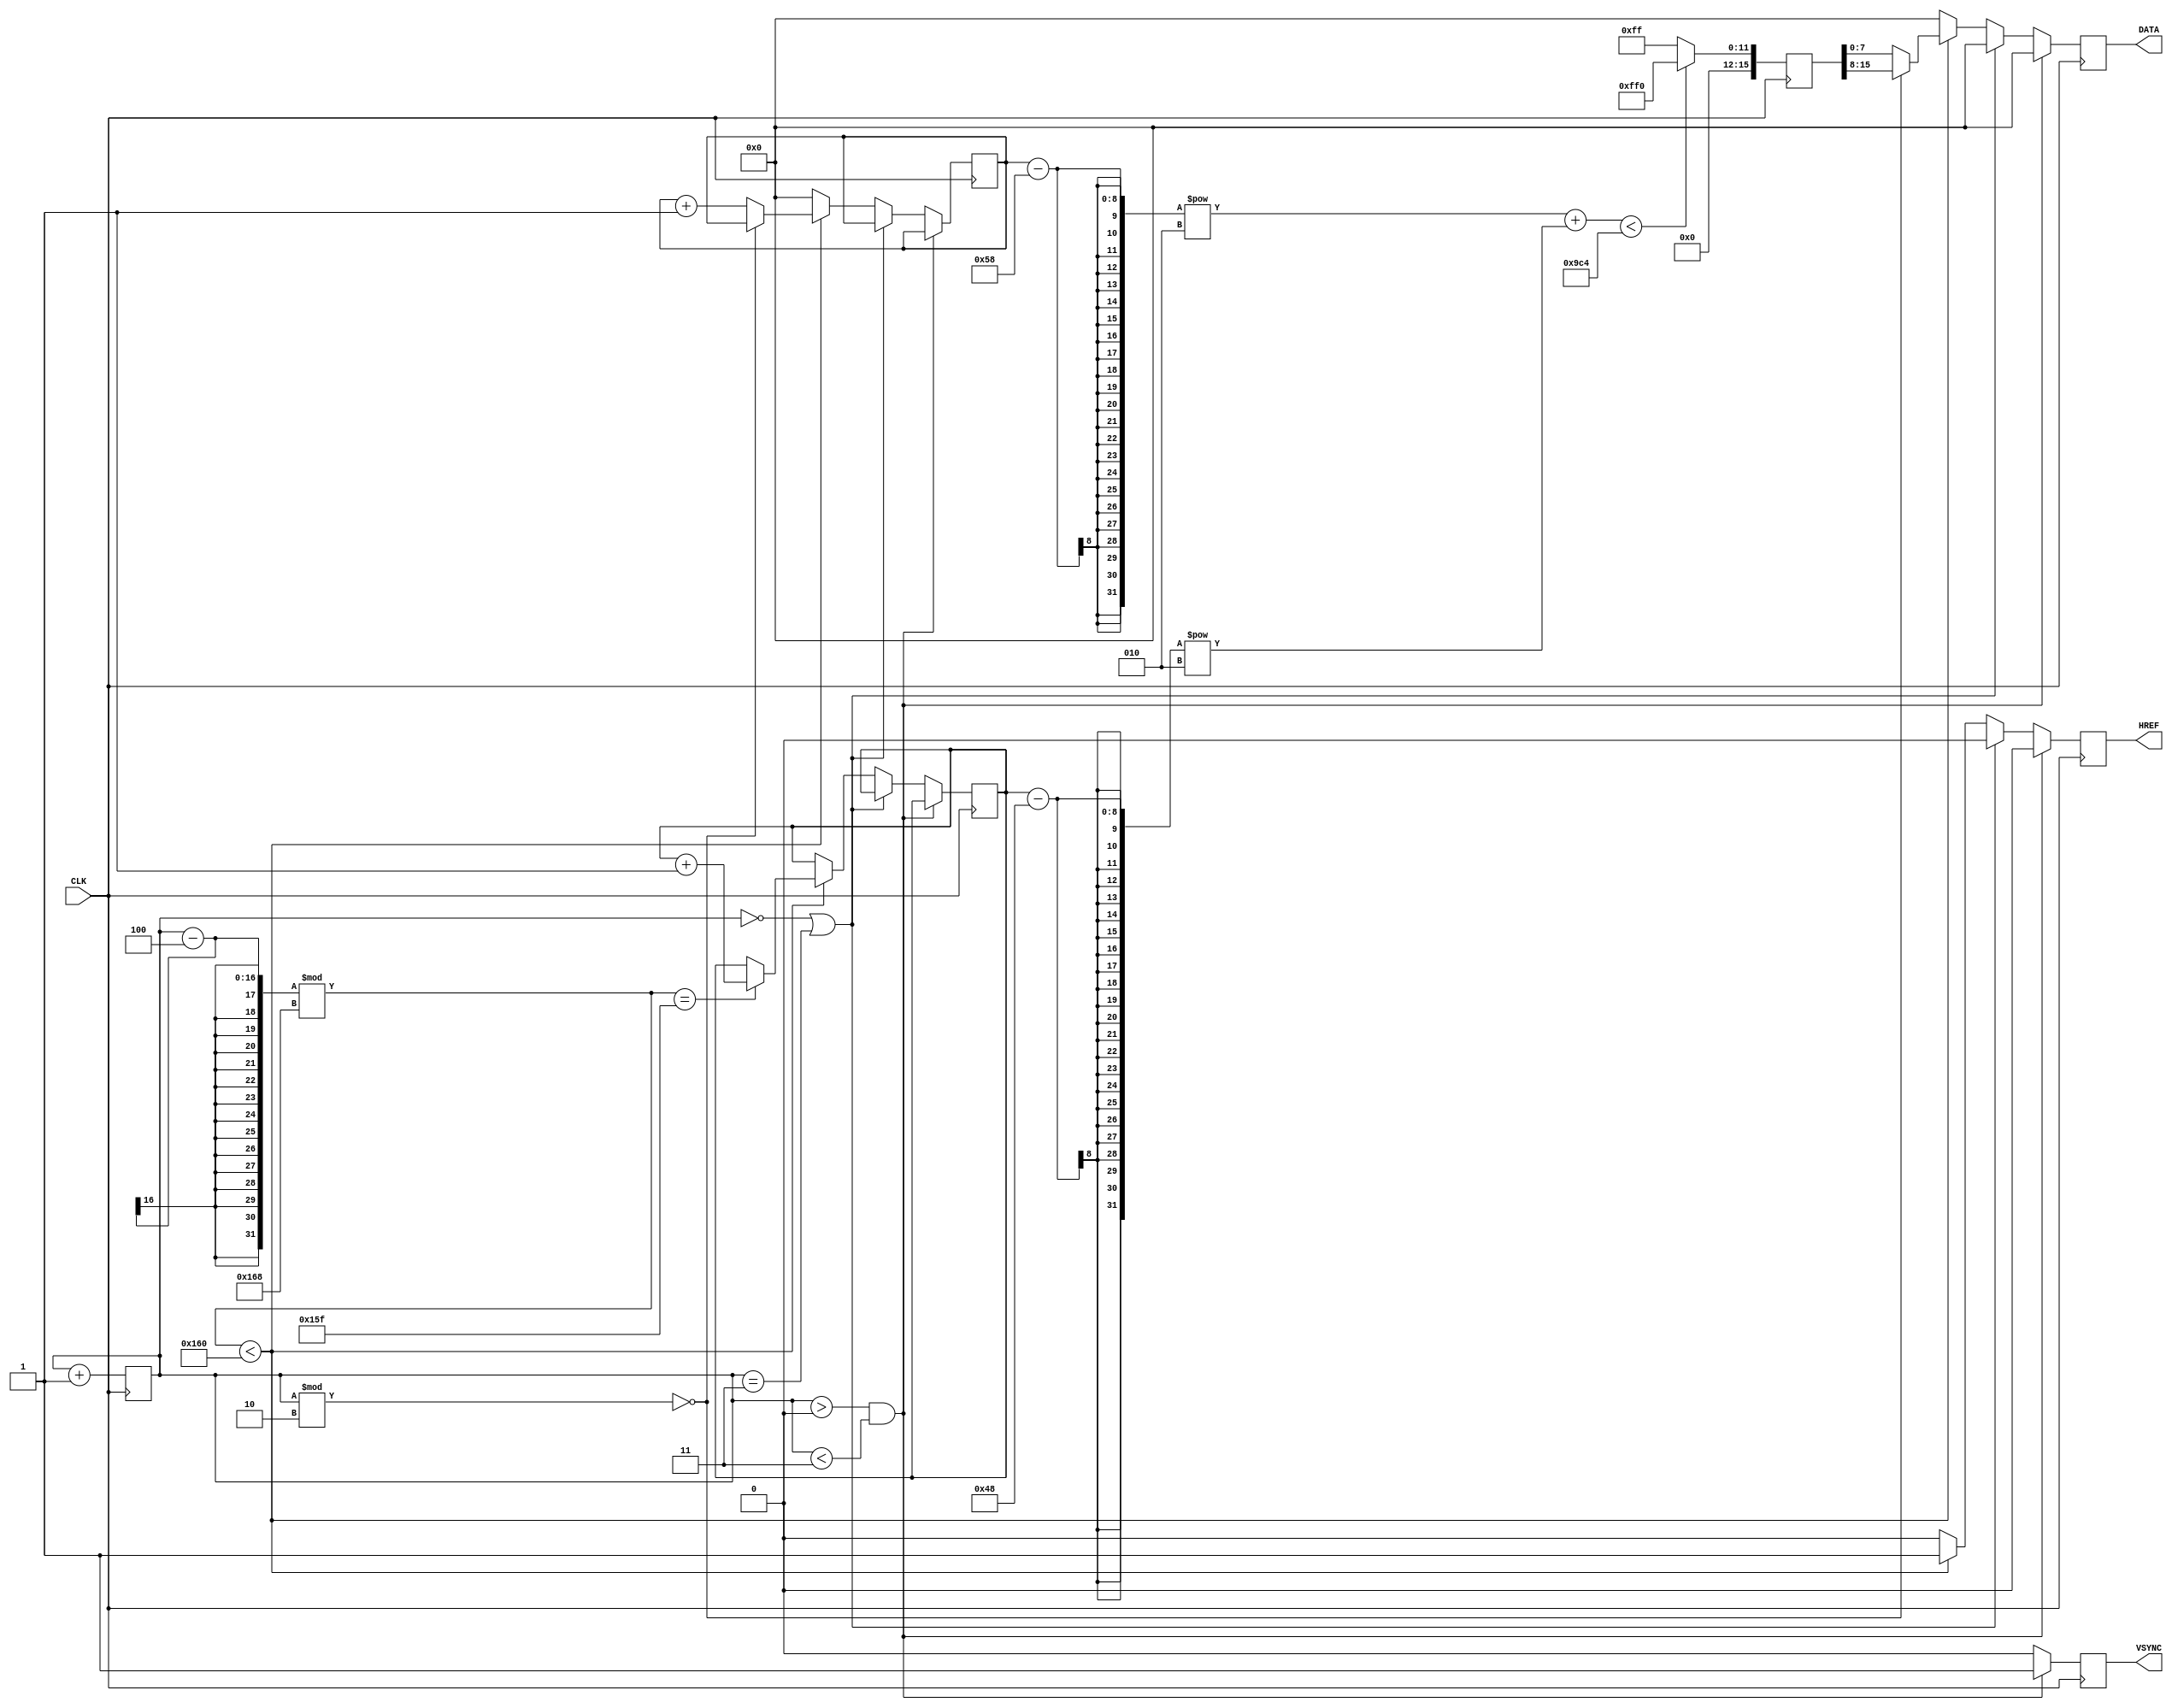
`define SCREEN_WIDTH 176
`define SCREEN_HEIGHT 144
`define STRIDE 180
`define FRAME_LENGTH 2400000 // 0 VSYNC low, 1-2 VSYNC high, 3 VSYNC low, then start at 4, each row with 176*2 valid data bytes while HREF high, then 8 cycles while HREF low

module SIMULATOR(
  CLK,
  VSYNC,
  HREF,
  DATA
);

input CLK;
output reg VSYNC;
output reg HREF;
output reg [7:0] DATA;

reg [15:0] counter = 0;

//Testing some patterns
//wire [15:0] RED =    16'b1111100000000000;
//wire [15:0] GREEN =  16'b0000011111100000;
//wire [15:0] BLUE =   16'b0000000000011111;
wire [15:0] RED =    16'b0000111100000000;//444 red
wire [15:0] GREEN =  16'b0000000011110000;//444 green
wire [15:0] BLUE =   16'b0000000000001111;//444 blue

wire [15:0] YELLOW = RED | GREEN;
wire [15:0] CYAN =   GREEN | BLUE;
wire [15:0] MAGENTA = RED | BLUE;
wire [15:0] WHITE = 16'b1111111111111111;
wire [15:0] BLACK = 0;
reg [15:0] COLOR;
reg [7:0] x = 0;
reg [7:0] y = 0;

always @ (negedge CLK) begin
  if (counter == `FRAME_LENGTH) begin
    // end of frame
    counter <= 0;
    HREF <= 0;
    VSYNC <= 0;
    DATA <= 0;
    //reset addr
	 x <= 0;
    y <= 0;
  end
  else begin
    if (counter > 0 && counter < 3) begin
      // VSYNC high at the beginning
      counter <= counter + 1;
      HREF <= 0;
      VSYNC <= 1;
      DATA <= 0;
    end
    else begin
      if (counter == 0 || counter == 3) begin
        // right before and after VSYNC high
        counter <= counter + 1;
        HREF <= 0;
        VSYNC <= 0;
        DATA <= 0;
      end
      else begin
        if (((counter-4) % (2*`STRIDE)) < 2*`SCREEN_WIDTH) begin
			 if (((counter-4) % (2*`STRIDE)) == 2*`SCREEN_WIDTH-1) begin
				y <= y + 1;
			 end
          if ((counter % 2) == 0) begin
            //part1
            counter <= counter + 1;
            HREF <= 1;
            VSYNC <= 0;
				DATA = COLOR[15:8];
          end
          else begin
            //part2
            counter <= counter + 1;
            HREF <= 1;
            VSYNC <= 0;
				x <= x + 1;//move?
				DATA = COLOR[7:0];
          end
        end
        else begin
			 // in between rows
		    counter <= counter + 1;
			 HREF <= 0;
			 VSYNC <= 0;
			 DATA <= 0;
			 x <= 0;
        end
      end
    end
  end
end

//draw patterns here
always @ (posedge CLK) begin
	if ( ((x-88)**2+(y-72)**2)<2500 ) begin
		COLOR <= YELLOW;
	end
	else begin
		COLOR <= CYAN;
	end
//	if (x % 5 == 0) begin
//		COLOR <= RED;
//	end
//	else
//	begin
//		COLOR <= BLUE;
//	end
//  if (x < 20)
//  begin
//    COLOR <= RED;
//  end
//  if (x < 40 && x > 19)
//  begin
//    COLOR <= GREEN;
//  end
//  if (x < 60 && x > 39)
//  begin
//    COLOR <= BLUE;
//  end
//  if (x < 80 && x > 59)
//  begin
//    COLOR <= YELLOW;
//  end
//  if (x < 100 && x > 79)
//  begin
//    COLOR <= CYAN;
//  end
//  if (x < 120 && x > 99)
//  begin
//    COLOR <= MAGENTA;
//  end
//  if (x < 140 && x > 119)
//  begin
//    COLOR <= WHITE;
//  end
//  if (x < 176 && x > 139)
//  begin
//    COLOR <= BLACK;
//  end

end

endmodule